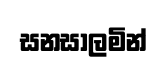
සනසාලමින්